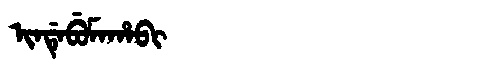
Manchu: ᡳᠨᡩᡝᠪᡠᠮᠠᡥᠠᠪᡳ
Romanization: INDEBUMAHABI